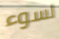
لسوء